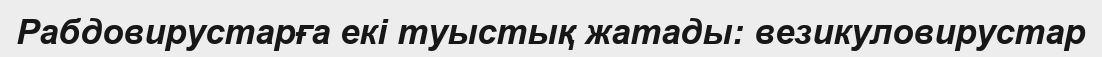
Рабдовирустарға екі туыстық жатады: везикуловирустар